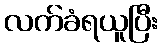
လက်ခံရယူပြီး